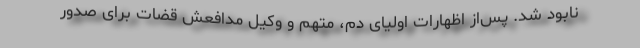
نابود شد. پس‌از اظهارات اولیای دم، متهم و وکیل مدافعش قضات برای صدور